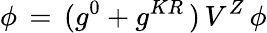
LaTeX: \phi\, =\, (g^{0}+g^{KR}\, )\, V^{Z}\, \phi